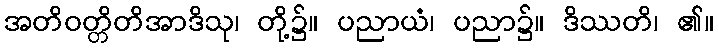
အတိဝတ္တိတိအာဒိသု၊ တို့၌။ ပညာယံ၊ ပညာ၌။ ဒိဿတိ၊ ၏။